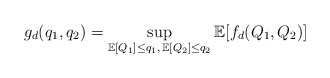
\begin{align*}g_d(q_1,q_2)=\sup_{\mathbb{E}[Q_1]\le q_1,\,\mathbb{E}[Q_2]\le q_2}\mathbb{E}[f_d(Q_1,Q_2)]\end{align*}